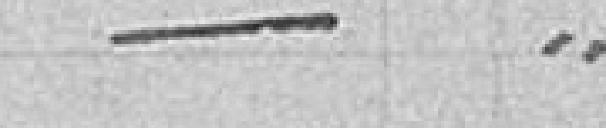
/